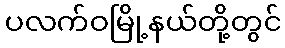
ပလက်ဝမြို့နယ်တို့တွင်